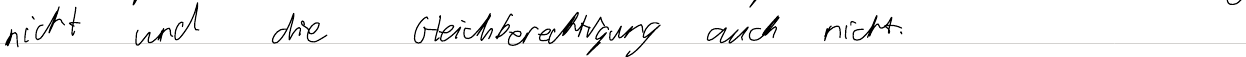
nicht und die Gleichberechtigung auch nicht.